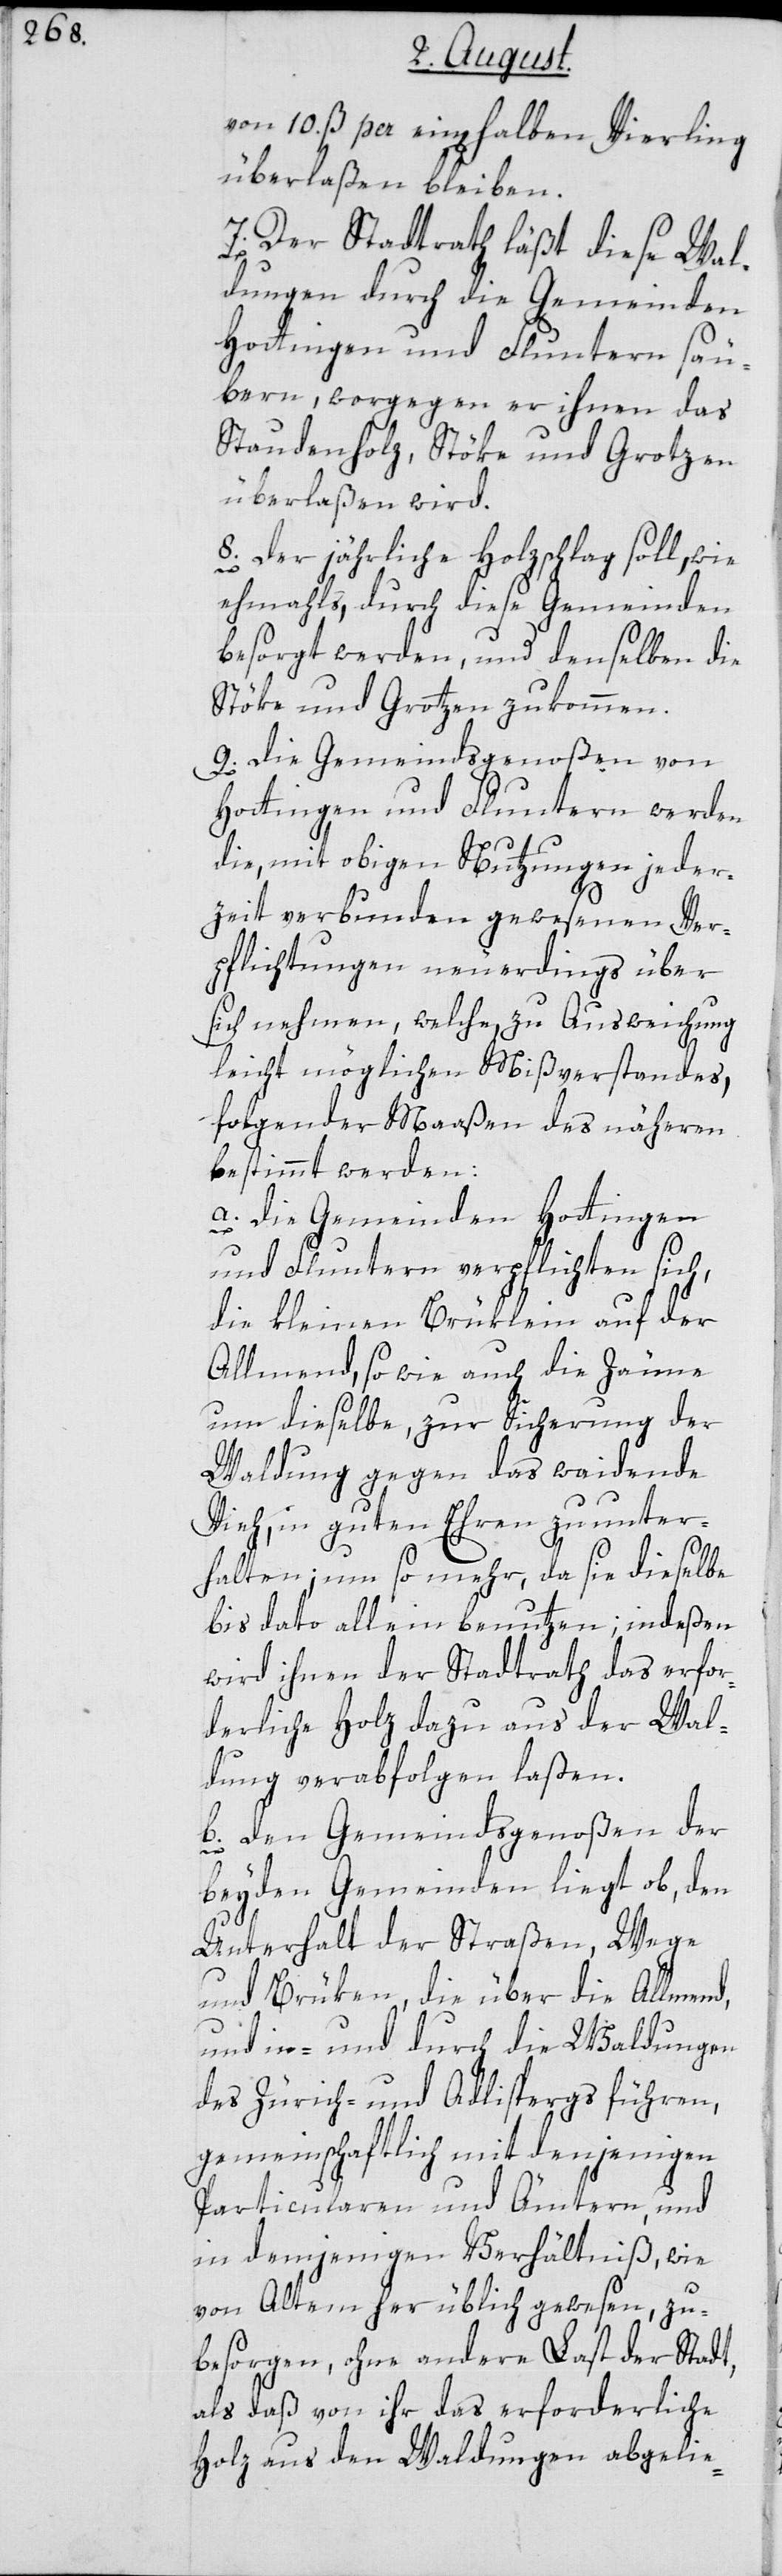
von 10 ß. per ein[en] halben Vierling
überlaßen bleiben.
7. Der Stadtrath läßt diese Wal¬
dungen durch die Gemeinden
Hottingen und Fluntern säu¬
bern, worgegen er ihnen das
Staudenholz, Stöke und Grotzen
überlaßen wird.
8. Der jährliche Holzschlag soll, wie
ehmals, durch diese Gemeinden
besorgt werden, und denselben die
Stöke und Grotzen zukommen.
9. Die Gemeindsgenoßen von
Hottingen und Fluntern werden
die, mit obigen Nutzungen jeder¬
zeit verbunden gewesenen Ver¬
pflichtungen neuerdings über
sich nehmen, welche, zu Ausweichung
leicht möglichen Mißverstandes,
folgender Maaßen des nähern
bestimmt werden:
a. Die Gemeinden Hottingen
und Fluntern verpflichten sich,
die kleinen Brüklein auf der
Allmend, sowie auch die Zäune
um dieselbe, zur Sicherung der
Waldung gegen das waidende
Vieh, in guten Ehren zu unter¬
halten; um so mehr, da sie dieselbe
bis dato allein benutzen; indeßen
wird ihnen der Stadtrath das erfor¬
derliche Holz dazu aus der Wal¬
dung verabfolgen laßen.
b. Den Gemeindsgenoßen der
beyden Gemeinden liegt ob, den
Unterhalt der Straßen, Wege
und Brüken, die über die Allmend,
und in- und durch die Waldungen
des Zürich- und Adlispergs führen,
gemeinschaftlich mit denjenigen
Particularen und Ämtern, und
in demjenigen Verhältniß, wie
von Altem her üblich gewesen, zu
besorgen, ohne andere Last der Stadt,
als daß von ihr das erforderliche
Holz aus den Waldungen abgelie-